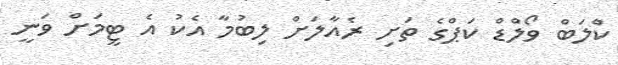
ކްލަބް ވޯލްޑް ކަޕްގެ ތަށި ރެއާލަށް ލިބުމާ އެކު އެ ޓީމަށް ވަނީ